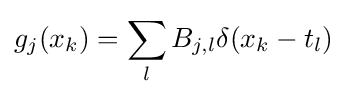
g_{j}(x_{k})=\sum _{l}B_{j,l}\delta (x_{k}-t_{l})